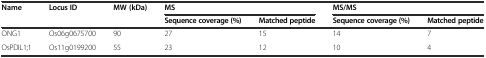
| <ROWSPAN=2> Name | <ROWSPAN=2> Locus ID | <ROWSPAN=2> MW (kDa) | <COLSPAN=2> MS | <COLSPAN=2> MS/MS |
 | Sequence coverage (%) | Matched peptide | Sequence coverage (%) | Matched peptide |
 | --- | --- | --- | --- | --- | --- | --- |
 | ONG1 | Os06g0675700 | 90 | 27 | 15 | 14 | 7 |
 | OsPDIL1;1 | Os11g0199200 | 55 | 23 | 12 | 10 | 4 |